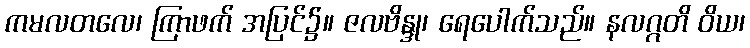
ကမလတလေ၊ ကြာဖက် အပြင်၌။ ဇလဗိန္ဒု၊ ရေပေါက်သည်။ နလဂ္ဂတိ ဝိယ၊